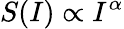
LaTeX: S(I)\propto I^{\alpha}